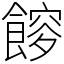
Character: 𩝯